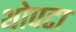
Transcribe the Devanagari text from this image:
थोपटा